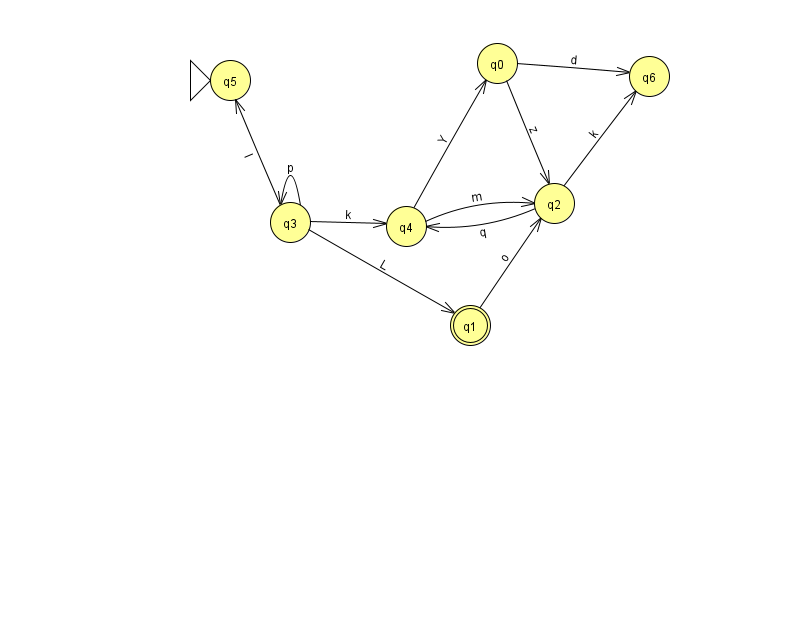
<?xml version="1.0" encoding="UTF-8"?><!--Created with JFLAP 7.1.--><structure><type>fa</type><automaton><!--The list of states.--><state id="0" name="q0"><x>497.0</x><y>50.0</y></state><state id="1" name="q1"><x>470.0</x><y>312.0</y><final/></state><state id="2" name="q2"><x>554.0</x><y>190.0</y></state><state id="3" name="q3"><x>290.0</x><y>209.0</y></state><state id="4" name="q4"><x>406.0</x><y>213.0</y></state><state id="5" name="q5"><x>230.0</x><y>67.0</y><initial/></state><state id="6" name="q6"><x>649.0</x><y>63.0</y></state><!--The list of transitions.--><transition><from>3</from><to>3</to><read>p</read></transition><transition><from>4</from><to>2</to><read>m</read></transition><transition><from>0</from><to>2</to><read>z</read></transition><transition><from>3</from><to>1</to><read>L</read></transition><transition><from>3</from><to>4</to><read>k</read></transition><transition><from>0</from><to>6</to><read>d</read></transition><transition><from>2</from><to>6</to><read>k</read></transition><transition><from>4</from><to>0</to><read>Y</read></transition><transition><from>1</from><to>2</to><read>o</read></transition><transition><from>3</from><to>5</to><read>I</read></transition><transition><from>2</from><to>4</to><read>q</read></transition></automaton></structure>